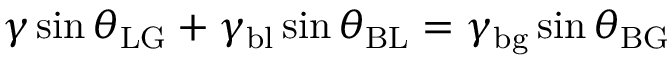
\gamma \sin \theta _ { \mathrm { L G } } + \gamma _ { \mathrm { b l } } \sin \theta _ { \mathrm { B L } } = \gamma _ { \mathrm { b g } } \sin \theta _ { \mathrm { B G } }